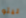
ليتو